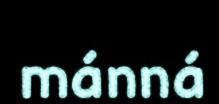
mánná